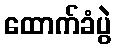
ထောက်ခံပွဲ